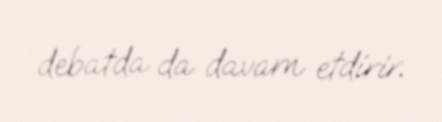
debatda da davam etdirir.